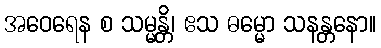
အဝေရေန စ သမ္မန္တိ၊ ဧသ ဓမ္မော သနန္တနော။